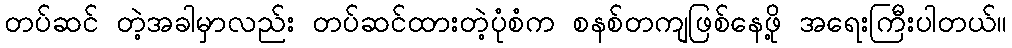
တပ်ဆင် တဲ့အခါမှာလည်း တပ်ဆင်ထားတဲ့ပုံစံက စနစ်တကျဖြစ်နေဖို့ အရေးကြီးပါတယ်။